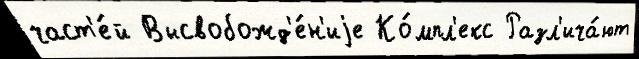
част'е́й Высвобожд'е́н'иjе Ко́мпл'екс Разл'ича́ют